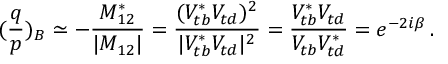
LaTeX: ( \frac { q } { p } ) _ { B } \simeq - \frac { M _ { 1 2 } ^ { * } } { | M _ { 1 2 } | } = \frac { ( V _ { t b } ^ { * } V _ { t d } ) ^ { 2 } } { | V _ { t b } ^ { * } V _ { t d } | ^ { 2 } } = \frac { V _ { t b } ^ { * } V _ { t d } } { V _ { t b } V _ { t d } ^ { * } } = e ^ { - 2 i \beta } \, .